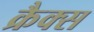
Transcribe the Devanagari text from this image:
क्रैक्स